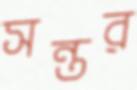
সন্তর